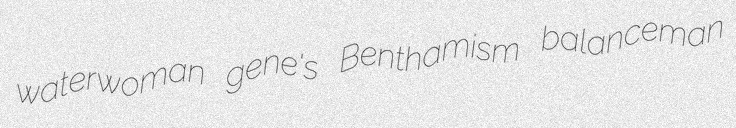
waterwoman gene's Benthamism balanceman